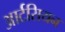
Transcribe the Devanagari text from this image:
आर्टसियन